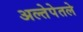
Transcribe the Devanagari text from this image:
अल्तेपेतले